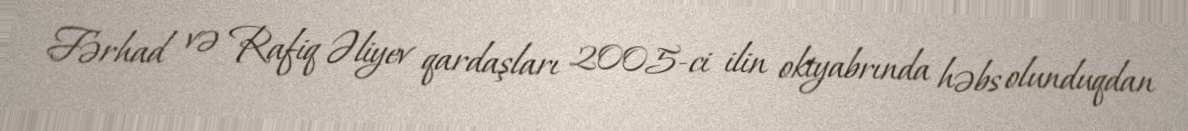
Fərhad və Rafiq Əliyev qardaşları 2005-ci ilin oktyabrında həbs olunduqdan